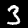
Label: 3